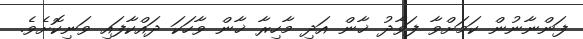
ފަންނާނުން ކަމަށްވާ ފަވާދު ޚާން އަދި މާހިރާ ޚާން ވާހަކަ ދައްކާފައި ވަނިކޮށެވެ.